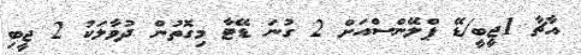
އާޗާ 1ޖީބީ/ޑޭ ޕްލޭންސްއަށް 2 ގުނަ ޑޭޓާ މިގޮތުން ދުވާލަކު 2 ޖީބި